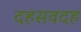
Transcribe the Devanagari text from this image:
दहसवदह